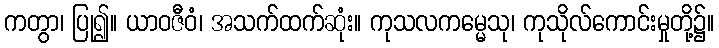
ကတွာ၊ ပြု၍။ ယာဝဇီဝံ၊ အသက်ထက်ဆုံး။ ကုသလကမ္မေသု၊ ကုသိုလ်ကောင်းမှုတို့၌။